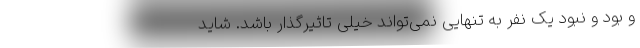
و بود و نبود یک نفر به تنهایی نمی‌تواند خیلی تاثیرگذار باشد. شاید